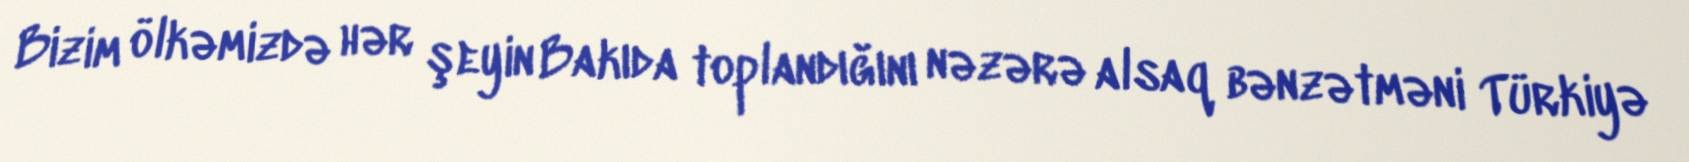
Bizim ölkəmizdə hər şeyin Bakıda toplandığını nəzərə alsaq bənzətməni Türkiyə